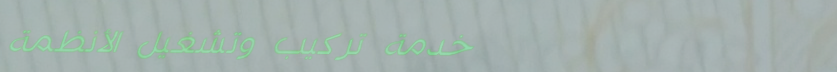
خدمة تركيب وتشغيل الأنظمة